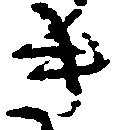
き